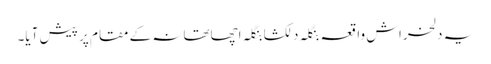
یہ دلخراش واقعہ بنگلہ دلکشا بنگلہ اچھاتھانہ کے مقام پر پیش آیا۔